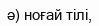
ә) ноғай тілі,